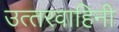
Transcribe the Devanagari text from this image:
उत्‍तरवाहिनी